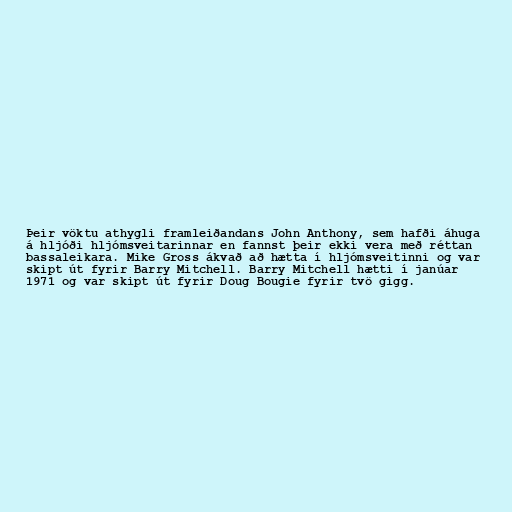
Þeir vöktu athygli framleiðandans John Anthony, sem hafði áhuga
á hljóði hljómsveitarinnar en fannst þeir ekki vera með réttan
bassaleikara. Mike Gross ákvað að hætta í hljómsveitinni og var
skipt út fyrir Barry Mitchell. Barry Mitchell hætti í janúar
1971 og var skipt út fyrir Doug Bougie fyrir tvö gigg.